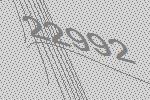
22992